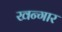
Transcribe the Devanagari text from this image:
खन्गार